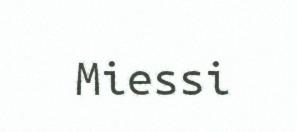
Miessi